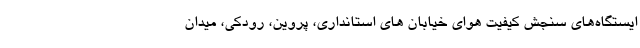
ایستگاه‌های سنجش کیفیت هوای خیابان های استانداری، پروین، رودکی، میدان